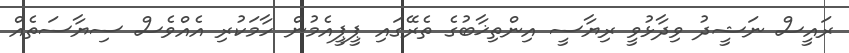
ރައީސް ނަޝީދު ވިދާޅުވީ ރިޔާސީ އިންތިޚާބުގެ ތެރޭގައި ޕީޕީއެމުން ހާމަކުރި އެއްވެސް ސިޔާސަތެއް